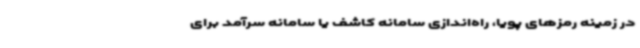
در زمینه رمزهای پویا، راه‌اندازی سامانه کاشف یا سامانه سرآمد برای